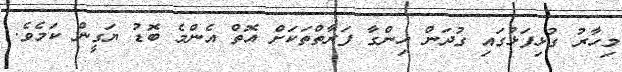
މިހާރު ގުޅިފަޅުގައި ގުދަން ހިންގާ ފަރާތްތަކަށް އޮތް އެންމެ ބޮޑު ޔަގީން ކަމެވެ.